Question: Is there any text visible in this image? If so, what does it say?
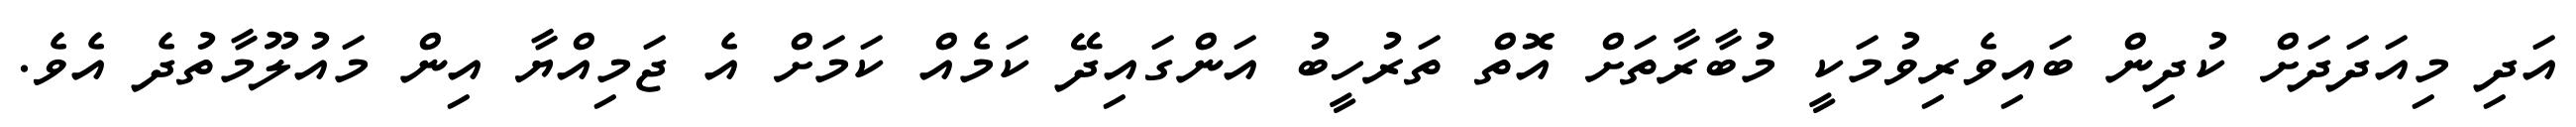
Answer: އަދި މިއަދަދަށް ކުދިން ބައިވެރިވުމަކީ މުބާރާތަށް އޮތް ތަރުހީބު އަންގައިދޭ ކަމެއް ކަމަށް އެ ޖަމިއްޔާ އިން މައުލޫމާތުދެ އެވެ.